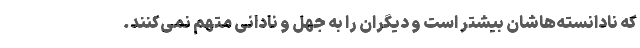
که نادانسته‌هاشان بیشتر است و دیگران را به جهل و نادانی متهم نمی‌کنند.